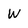
Character: W